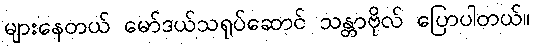
များနေတယ် မော်ဒယ်သရုပ်ဆောင် သန္တာဗိုလ် ပြောပါတယ်။